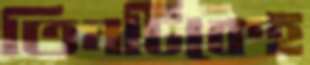
তিনটিকেই